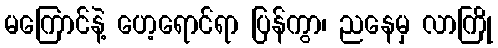
မကြောင်နဲ့ ဟေ့ရောင်ရာ ပြန်ကွာ၊ ညနေမှ လာကြို